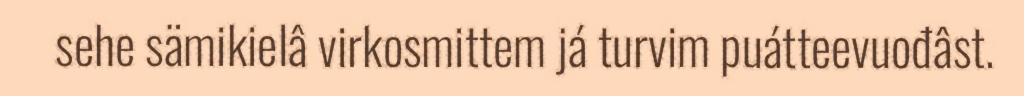
sehe sämikielâ virkosmittem já turvim puátteevuođâst.